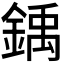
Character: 𫒳